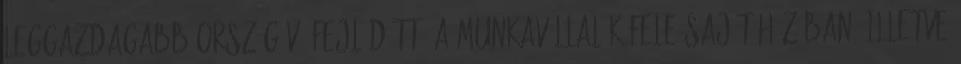
leggazdagabb országává fejlődött. A munkavállalók fele saját házában, illetve